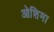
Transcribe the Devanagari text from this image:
ओशिमा